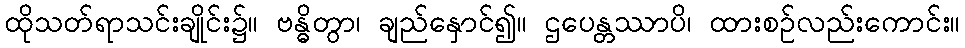
ထိုသတ်ရာသင်းချိုင်း၌။ ဗန္ဓိတွာ၊ ချည်နှောင်၍။ ဌပေန္တဿာပိ၊ ထားစဉ်လည်းကောင်း။